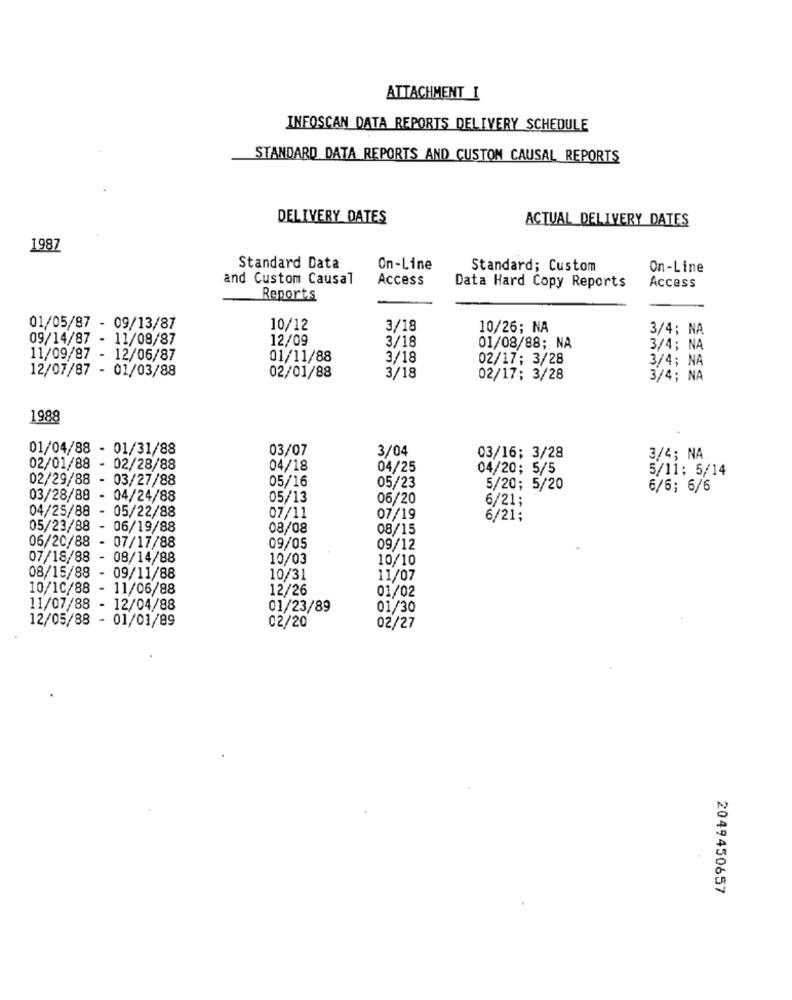
ATTACHMENT I
INFOSCAN DATA REPORTS DELIVERY SCHEDULE
STANDARD DATA REPORTS AND CUSTON CAUSAL REPORTS
DELIVERY DATES
ACTUAL DELIVERY DATES
1987
Standard Data
On-Line
Standard; Custom
On-Line
and Custom Causal
Access
Access
Data Hard Copy Reports
Reports
01/05/87 - 09/13/87
10/12
3/18
10/26; NA
3/4; NA
09/14/87 - 11/08/87
12/09
3/18
01/08/88; NA
3/4; NA
11/09/87 - 12/06/87
01/11/88
3/18
02/17: 3/28
3/4; NA
12/07/87 - 01/03/88
02/01/88
3/18
02/17; 3/28
3/4; NA
1988
01/04/88 - 01/31/88
03/07
3/04
03/16; 3/28
3/4; NA
02/01/88 - 02/28/88
04/18
04/25
04/20; 5/5
5/11: 5/14
02/29/88 - 03/27/88
05/16
05/23
5/20; 5/20
6/6; 6/6
03/28/88 - 04/24/88
05/13
06/20
6/21;
04/25/88 - 05/22/88
07/11
07/19
6/21;
05/23/88 - 06/19/88
08/08
08/15
06/20/88 - 07/17/88
09/05
09/12
07/18/88 - 08/14/88
10/03
10/10
08/15/88 - 09/11/88
10/31
11/07
10/10/88 - 11/06/88
12/26
01/02
11/07/88 - 12/04/88
01/23/89
01/30
12/05/88 - 01/01/89
02/20
02/27
2049450657